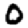
Digit: 0